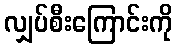
လျှပ်စီးကြောင်းကို